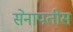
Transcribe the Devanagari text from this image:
सेनापतीस